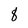
Character: 8